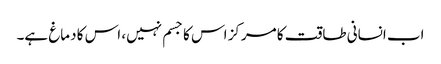
اب انسانی طاقت کا مرکز اس کا جسم نہیں، اس کا دماغ ہے۔